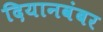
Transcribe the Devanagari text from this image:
दियानवंबर